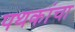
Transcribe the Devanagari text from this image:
पथकांचा